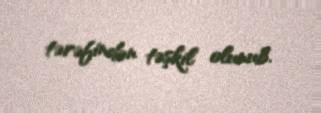
tərəfindən təşkil olunub.